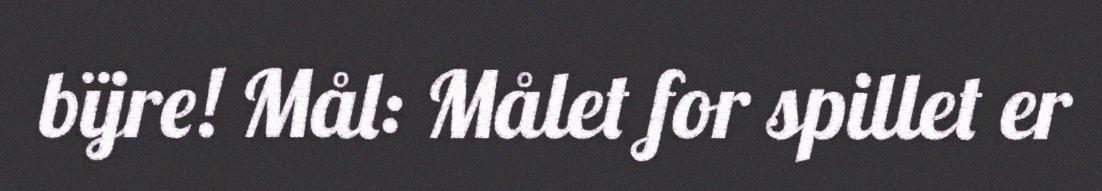
bïjre! Mål: Målet for spillet er